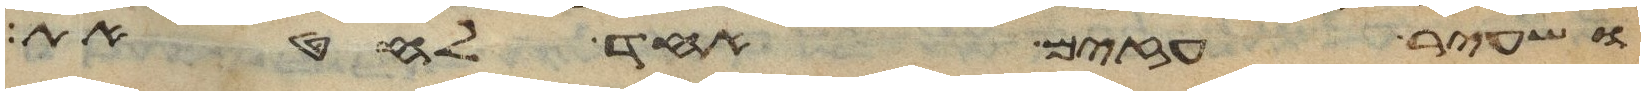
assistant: ושעיר עזים אחד לחטאת